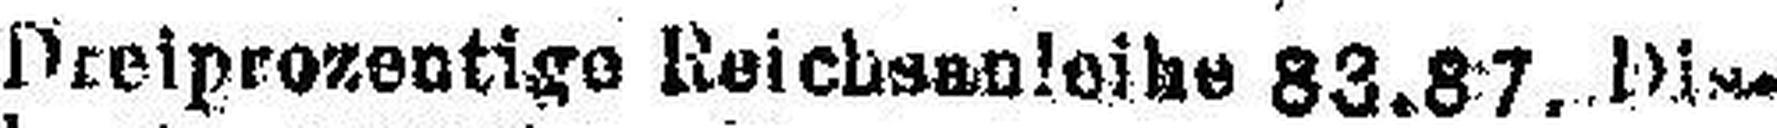
Dreiprozentige Reichsenleihe 83.87. Dise